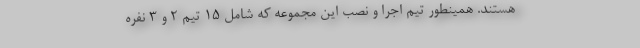
هستند. همینطور تیم اجرا و نصب این مجموعه که شامل 15 تیم 2 و 3 نفره